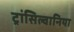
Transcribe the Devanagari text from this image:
ट्रांसिल्वानिया